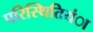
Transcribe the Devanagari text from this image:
परिस्थितियंा